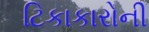
ટિકાકારોની